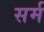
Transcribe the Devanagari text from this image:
सर्म